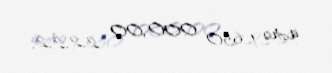
üzrə 1 650 000,00 2.2.2.2.